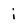
Character: i